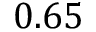
0 . 6 5